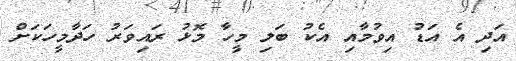
އަދި އެ އަޑު އިވުމާއި އެކު ބަލި މީހާ މޮޅު ރައިވަރު ހަދާމީހަކަށް